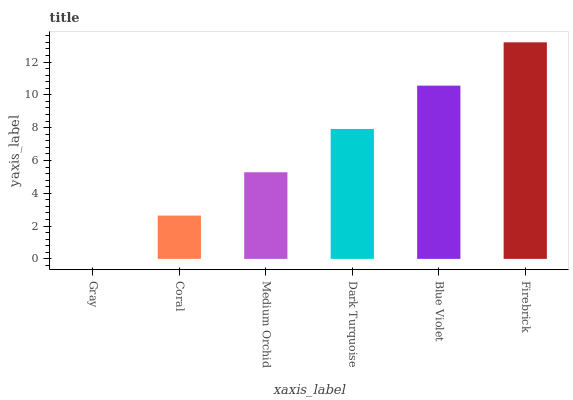
| xaxis_label | bars |
 | --- | --- |
 | Gray | 0 |
 | Coral | 2.64 |
 | Medium Orchid | 5.28 |
 | Dark Turquoise | 7.92 |
 | Blue Violet | 10.6 |
 | Firebrick | 13.2 |